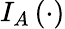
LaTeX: I_{A}\left(\cdot\right)